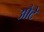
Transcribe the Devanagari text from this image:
औटे